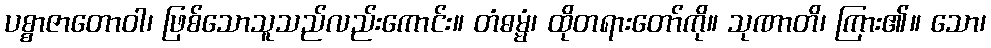
ပစ္စာဇာတောဝါ၊ ဖြစ်သောသူသည်လည်းကောင်း။ တံဓမ္မံ၊ ထိုတရားတော်ကို။ သုဏာတိ၊ ကြား၏။ သော၊